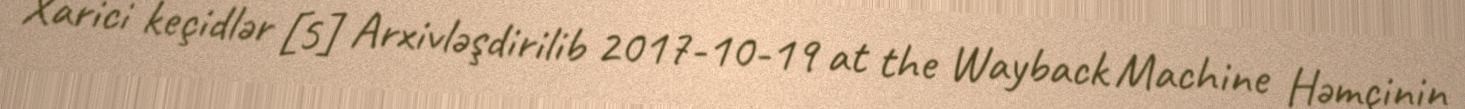
Xarici keçidlər [5] Arxivləşdirilib 2017-10-19 at the Wayback Machine Həmçinin